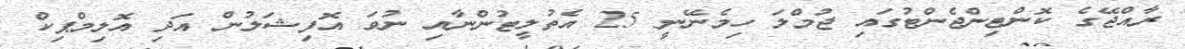
ރާއްޖޭގެ ކޮންޓިންޖެންޓުގައި ޖުމްލަ ހިމެނޭނީ 25 އެތުލީޓުންނާއި ނުވަ އޮފިޝަލުން އަދި އޮލިމްޕިކް